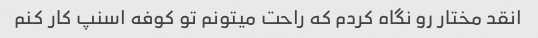
انقد مختار رو نگاه کردم که راحت میتونم تو کوفه اسنپ کار کنم